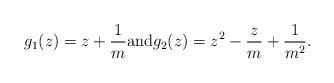
LaTeX: \begin{align*} g_{1}(z)=z+\frac{1}{m} {\rm and} g_{2}(z)=z^2-\frac{z}{m}+\frac{1}{m^2}.\end{align*}